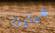
خيارنا